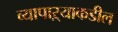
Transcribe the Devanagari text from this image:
व्यापाऱ्याकडील